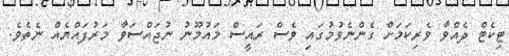
ޓިކެޓް ދެއްވާ ވެރިކަމަށް ގެންނެވުމުގައި ވެސް ރައީސް މައުމޫނު ނުޖައްސަވާ މަރުފައްޔެއް ނެތެވެ.